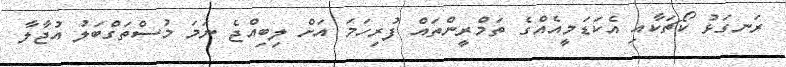
ރަނގަޅު ކޯޗަކާއި އެކަޑަމީއެއްގެ ތަމްރީންތައް ފުރިހަމަ އަށް ލިބިއްޖެ ނަމަ މުސްތަގްބަލު އުޖާލާ